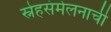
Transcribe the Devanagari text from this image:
स्नेहसंमेलनाची